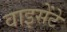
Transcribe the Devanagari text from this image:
वाइसेंटे